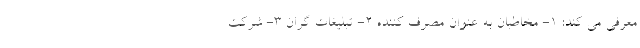
معرفی می کند: 1- مخاطبان به عنوان مصرف کننده 2- تبلیغات گران 3- شرکت